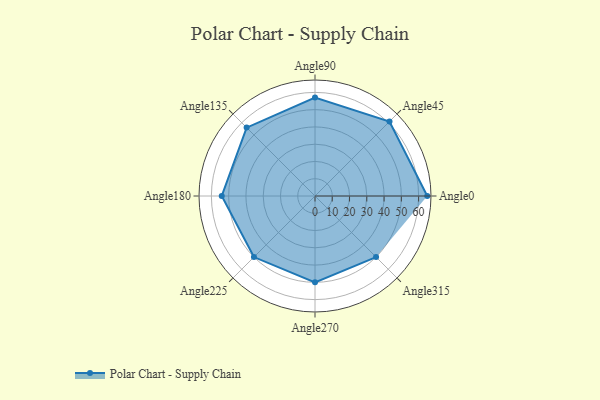
{"axis": {"x": "Angle", "y": "Radius"}, "legend": [""], "data": [{"x": "Angle0", "y": 65.0, "type": ""}, {"x": "Angle45", "y": 61.0, "type": ""}, {"x": "Angle90", "y": 57.0, "type": ""}, {"x": "Angle135", "y": 56.0, "type": ""}, {"x": "Angle180", "y": 54.0, "type": ""}, {"x": "Angle225", "y": 50, "type": ""}, {"x": "Angle270", "y": 50, "type": ""}, {"x": "Angle315", "y": 50, "type": ""}]}